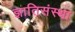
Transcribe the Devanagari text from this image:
ज्ञातिसंस्था